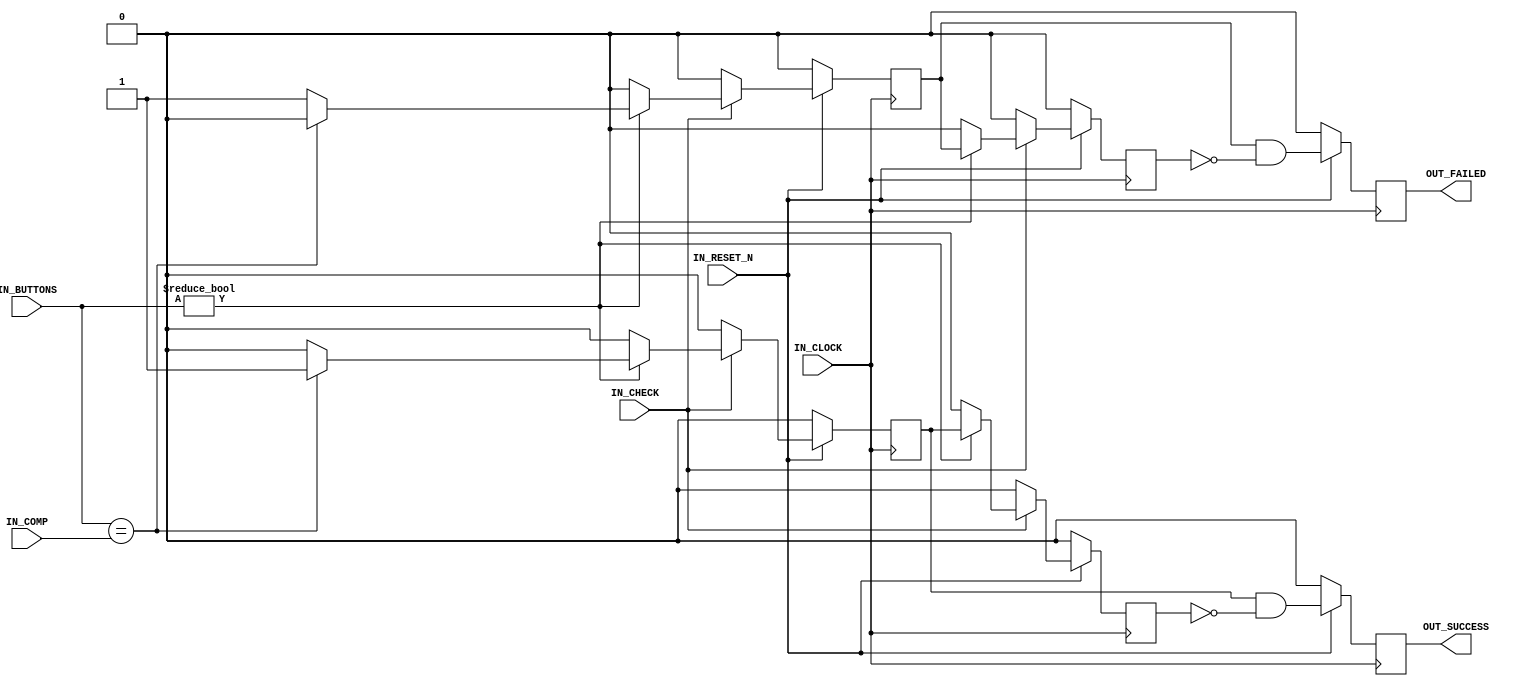
`timescale 1ns / 1ps

/////////////////////////////////////////////// WAR10CK \\\\\\\\\\\\\\\\\\\\\\\\\\\\\\\\\\\\\\\\\\\\\\\\\\\\\\
//                                                                                                          \\
//                                            , ,###*.                                                      \\
//                                       /&@@@@@@@@@@@@@@@@@@&                                              \\
//                                     @@@@%@@@@@@@@@*@@@@@@@@@@@                                           \\
//                                      @@@@(@@@@@@@@&@@@@@@@@@@&*/                                         \\
//                                        @@@@@@@@@@@@@@@@&@@@@*@(@@@                                       \\
//                                          (@@&@@@@,@@@%,@@@@(@&@@@@@,                                     \\
//                                            (@##&@%/@@(@@@@(@@@@@@@@@@                                    \\
//                                             ##@@@@@@@&(%@*@@@@@@@@*@@@@                                  \\
//                                              @@@@@@@@@@@@@(/@@@@&@@@@@@@                                 \\
//                                              @@@@@@@@@@@@@@@@%/(@@@@/@@@@@                               \\
//                                             @(&@@@@@@@@&(@@@@@@/#@(@@@@@@@@                              \\
//                                            @@@@@@@@@@@@@@@@@%@@@@@@@@@&&@@@&                             \\
//                                          @@@@@@@@@@@@@@@@@@@@@*@@@#,@@@@@@# &                            \\
//                                        @@@@@@@@@@@@@@@@@@@@@@@@@@@@/#@@@@@@@@                            \\
//                                       @@@@@@@@@@@@@@@@@@@@@@@@@@@@@@&@@@*@@@@/                           \\
//                                      @@@@@@@@@@@@@@@@@@@@@@@@@@@@@@@&/@@@@@@@@                           \\
//                                      @@@@@@@@@@@@@@@@@@@@@@@@@@@@@@@@@@@@@@@@@                           \\
//                                      (@//@*@@@@@@@@@@@@@@@@@@@@@@@#@@@#@@@@@@@                           \\
//                                     ,@@@@@@/#@@@@@@@@@@@@@@@@@@@@@%@@@@@@@@@@(                           \\
//                                     (@@#@@@@@%*@@@@@@@@@@@@@@@@@@@@@@#,,***//@                           \\
//                                     , @@@#/@@@@##@@@@@@@@@@@@@@@@@@@/&@@@@@@@&                           \\
//                                    ( &@@@@(/@@@@@(@@@@@@@//@@@@@@# ,@@@@@@@@@/                           \\
//                                   .&@@@(%@@@@@@@@@@@@@@(%@@@*@@@@  @@@@@@@@@.                            \\
//                                   @/@@@@@@@@@@@@@@@@@@%/@@@@@@@@@  @@@@@@@@                              \\
//                                   @@@@@@@@@@@@@@@@@@@@@#%@@@@(@%@, *%@@@@@                               \\
//                                  @&@@@@@@@@@@@@@@@@&@@    .&(@@@#@.@@@@@@                                \\
//                                  @%@@@@@@@@@@@@@%@@             &@/,@@@@,                                \\
//                                 &&@@@@@@@@@@@@&@                   @@@&@                                 \\
//                                 @%@@@@@@@@@&&                      &@@@@                                 \\
//                                *%@@@@@@@@#                          @@@@                                 \\
//                                @/@@@@@/                             #@@@                                 \\
//                                 @@*%                                 @@@                                 \\
//                                 @                                     @@*                                \\
//                                                                        @@                                \\
//                                                                         @@                               \\
//                                                                          &                               \\
//                                                                                                          \\
//                                                                                            ,--.          \\
//                    .---.   ,---,       ,-.----.       ,---,    ,----..     ,----..     ,--/  /|          \\
//                   /. ./|  '  .' \      \    /  \   ,`--.' |   /   /   \   /   /   \ ,---,': / '          \\
//               .--'.  ' ; /  ;    '.    ;   :    \ /    /  :  /   .     : |   :     ::   : '/ /           \\
//              /__./ \ : |:  :       \   |   | .\ ::    |.' ' .   /   ;.  \.   |  ;. /|   '   ,            \\
//          .--'.  '   \' .:  |   /\   \  .   : |: |`----':  |.   ;   /  ` ;.   ; /--` '   |  /             \\
//         /___/ \ |    ' '|  :  ' ;.   : |   |  \ :   '   ' ;;   |  ; \ ; |;   | ;    |   ;  ;             \\
//         \   \  \;      :|  |  ;/  \   \|   : .  /   |   | ||   :  | ; | '|   : |    :   '   \            \\
//          \   ;  `      |'  :  | \  \ ,';   | |  \   '   : ;.   |  ' ' ' :.   | '___ |   |    '           \\
//           .   \    .\  ;|  |  '  '--'  |   | ;\  \  |   | ''   ;  \; /  |'   ; : .'|'   : |.  \          \\
//            \   \   ' \ ||  :  :        :   ' | \.'  '   : | \   \  ',  / '   | '/  :|   | '_\.'          \\
//             :   '  |--" |  | ,'        :   : :-'    ;   |.'  ;   :    /  |   :    / '   : |              \\
//              \   \ ;    `--''          |   |.'      '---'     \   \ .'    \   \ .'  ;   |,'              \\
//               '---"                    `---'                   `---`       `---`    '---'                \\
//                                                                                                          \\
//              Module Name      : UserInputHandler                                                         \\
//              Target Devices   : Target Agnostic                                                          \\
//              Description      : This core handles the User Inputs which are coming from buttons          \\
//                                                                                                          \\
//                                                                                                          \\
//                                                                                                          \\
//              Update Date      : 07.07.2019                                                               \\
//              Status           : Development                                                              \\
//              Notes            :                                                                          \\
//                                                                                                          \\
//                                                                                                          \\
//                                                                                                          \\
/////////////////////////////////////////////// WAR10CK \\\\\\\\\\\\\\\\\\\\\\\\\\\\\\\\\\\\\\\\\\\\\\\\\\\\\\

module UserInputHandler
(
  IN_CLOCK                                                                                              ,
  IN_RESET_N                                                                                            ,
  IN_BUTTONS                                                                                            ,
  IN_COMP                                                                                               ,
  IN_CHECK                                                                                              ,
  OUT_SUCCESS                                                                                           ,
  OUT_FAILED                                            
);

input                           IN_CLOCK                                                                ; // Clock
input                           IN_RESET_N                                                              ; // 0 For Reset, 1 For No-Reset
input           [3:0]           IN_BUTTONS                                                              ; // Button Inputs
input           [3:0]           IN_COMP                                                                 ; // Compare Value
input                           IN_CHECK                                                                ; // Enable
output reg                      OUT_SUCCESS                                                             ; // Correct Button
output reg                      OUT_FAILED                                                              ; // Wrong Button
// output reg                      OUT_BUTTON_LOCKER                                                       ; // Locker

reg                             succ_r                                                                  ;
reg                             succ_r_d0                                                               ;
reg                             fail_r                                                                  ;
reg                             fail_r_d0                                                               ;

// Compare Button State & Input Value
always @ (posedge IN_CLOCK) begin
  if (!IN_RESET_N) begin
    succ_r                                          <= 1'b0                                             ;
    fail_r                                          <= 1'b0                                             ;
    succ_r_d0                                       <= 1'b0                                             ;
    fail_r_d0                                       <= 1'b0                                             ;
  end
  else begin
    if (IN_CHECK == 1'b1) begin
      if (IN_BUTTONS != 4'b0000) begin
        if (IN_BUTTONS == IN_COMP) begin
          succ_r                                    <= 1'b1                                             ;
          fail_r                                    <= 1'b0                                             ;
          succ_r_d0                                 <= succ_r                                           ;
          fail_r_d0                                 <= fail_r                                           ;
        end
        else begin
          succ_r                                    <= 1'b0                                             ;
          fail_r                                    <= 1'b1                                             ;
          succ_r_d0                                 <= succ_r                                           ;
          fail_r_d0                                 <= fail_r                                           ;
        end
      end
      else begin
        succ_r                                      <= 1'b0                                             ;
        fail_r                                      <= 1'b0                                             ;
        succ_r_d0                                   <= 1'b0                                             ;
        fail_r_d0                                   <= 1'b0                                             ;
      end
    end
    else begin
      succ_r                                        <= 1'b0                                             ;
      fail_r                                        <= 1'b0                                             ;
      succ_r_d0                                     <= 1'b0                                             ;
      fail_r_d0                                     <= 1'b0                                             ;
    end
  end
end

// Assign The Outputs
always @ (posedge IN_CLOCK) begin
  if (!IN_RESET_N) begin
    OUT_SUCCESS                                     <= 1'b0                                             ;
    OUT_FAILED                                      <= 1'b0                                             ;
  end
  else begin
    OUT_SUCCESS                                     <= ((succ_r == 1'b1) & (succ_r_d0 == 1'b0))         ;
    OUT_FAILED                                      <= ((fail_r == 1'b1) & (fail_r_d0 == 1'b0))         ;
  end
end

endmodule